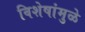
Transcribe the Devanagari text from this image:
विशेषांमुळे